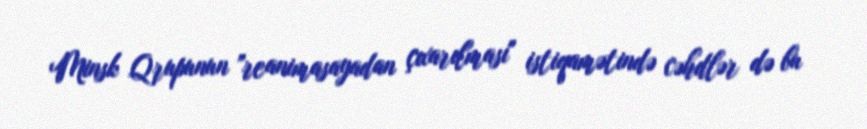
Minsk Qrupunun ”reanimasayadan çıxarılması" istiqamətində cəhdlər də bu